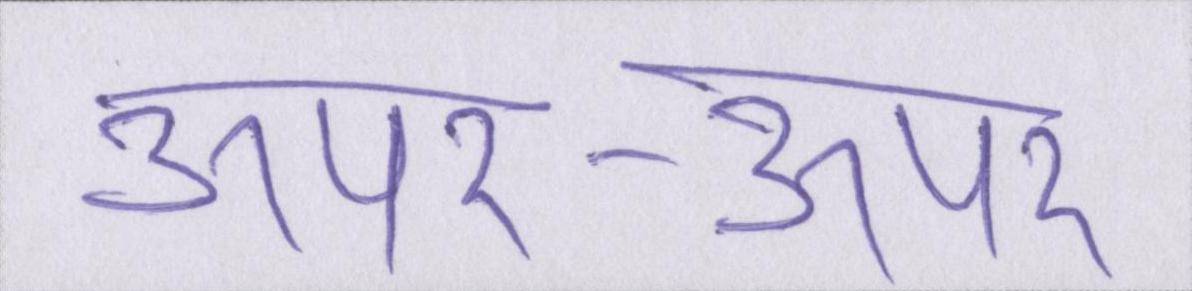
ऊपर-ऊपर